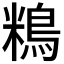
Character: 𪀿